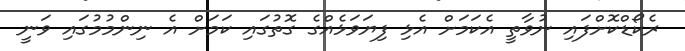
ރެކޯޑްކޮށްފައި ނުވާތީ އެކަމަށް އެޅި ފިޔަވަޅެއްގެ ގޮތުގައި ކަމަށް އެ ނިންމުމުގައި ވަނީ